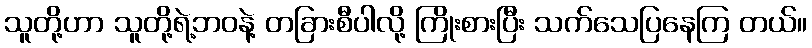
သူတို့ဟာ သူတို့ရဲ့ဘဝနဲ့ တခြားစီပါလို့ ကြိုးစားပြီး သက်သေပြနေကြ တယ်။